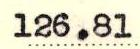
126.81